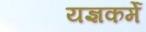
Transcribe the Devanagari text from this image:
यज्ञकर्मे